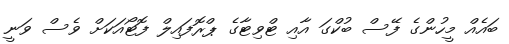
ބައެއް މީހުންގެ ފޭސް ބުކްގަ އާއި ޓްވިޓާގެ ޕްރޮފައިލް ފޮޓޯއަކަށް ވެސް ވަނީ